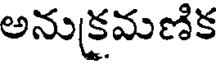
అనుక్రమణిక